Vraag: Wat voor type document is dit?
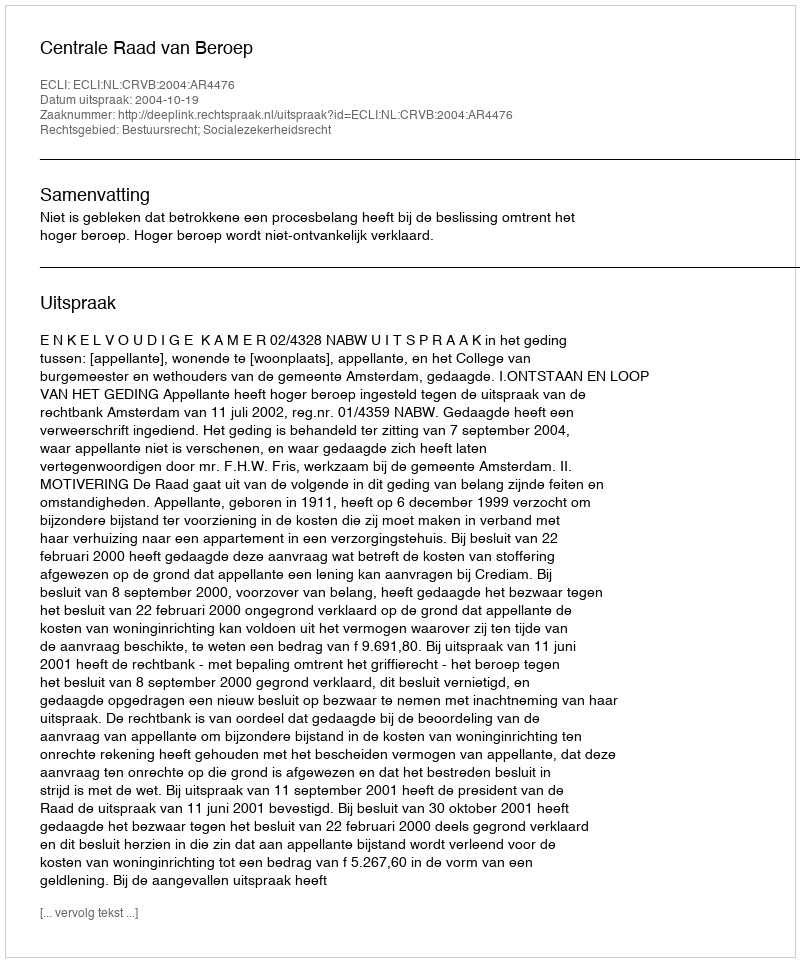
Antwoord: Uitspraak